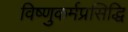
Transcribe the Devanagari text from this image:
विष्णुकर्मप्रसिद्धि